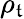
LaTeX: \rho_{\mathfrak{t}}